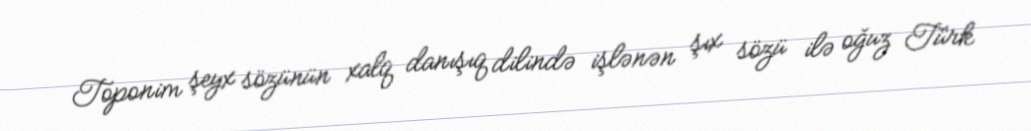
Toponim şeyx sözünün xalq danışıq dilində işlənən şıx sözü ilə oğuz Türk